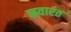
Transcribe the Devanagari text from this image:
नवारत